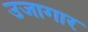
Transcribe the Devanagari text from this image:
उजागार